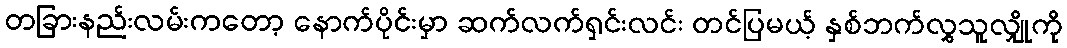
တခြားနည်းလမ်းကတော့ နောက်ပိုင်းမှာ ဆက်လက်ရှင်းလင်း တင်ပြမယ့် နှစ်ဘက်လွှသူလျှိုကို